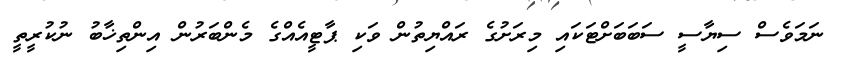
ނަމަވެސް ސިޔާސީ ސަބަބަށްޓަކައި މިރަށުގެ ރައްޔިތުން ވަކި ޕާޓީއެއްގެ މެންބަރުން އިންތިޚާބު ނުކުރީތީ